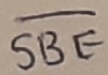
Text: SBE